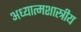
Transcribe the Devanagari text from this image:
अध्यात्मशास्त्रीय